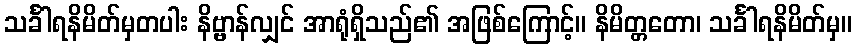
သင်္ခါရနိမိတ်မှတပါး နိဗ္ဗာန်လျှင် အာရုံရှိသည်၏ အဖြစ်ကြောင့်။ နိမိတ္တတော၊ သင်္ခါရနိမိတ်မှ။